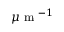
\mu \mathrm { ~ m ~ } ^ { - 1 }